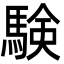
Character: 験